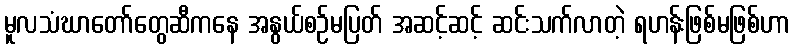
မူလသံဃာတော်တွေဆီကနေ အနွယ်စဉ်မပြတ် အဆင့်ဆင့် ဆင်းသက်လာတဲ့ ရဟန်းဖြစ်မဖြစ်ဟာ